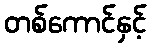
တစ်ကောင်နှင့်